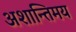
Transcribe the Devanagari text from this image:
अशान्तिमय